Indian journal of veterinary science and animal husbandry - Volume 3,
Year: 1933
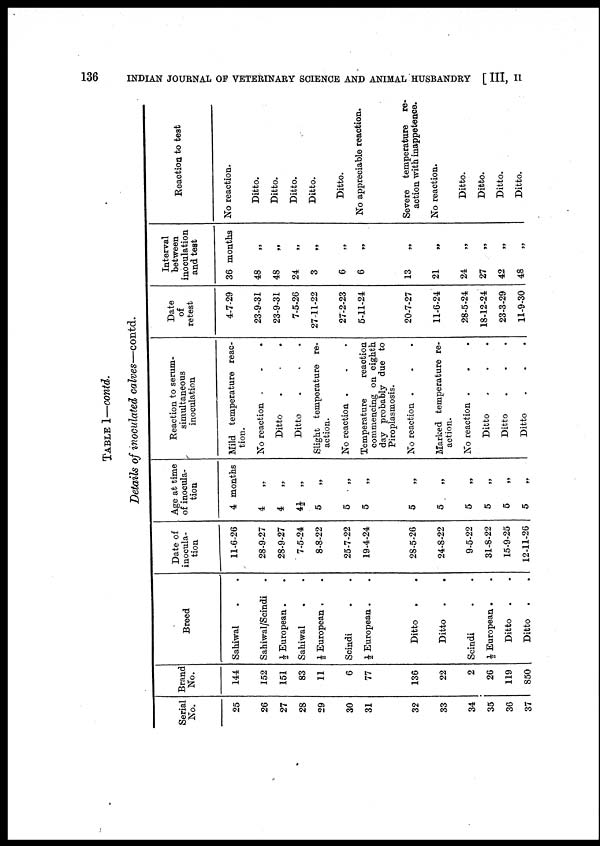
136
INDIAN JOURNAL OF VETERINARY SCIENCE AND ANIMAL HUSBANDRY [ III, II
TABLE I—contd.
Details of inoculated calves—contd.
Serial
No.
25
26
27
28
29
30
31
32
33
34
35
36
37
Brand
No.
144
152
151
83
11
6
77
136
22
2
26
119
850
Breed
Sahiwal . .
Sahiwal/Scindi .
½ European . .
Sahiwal . .
½ European . .
Scindi . .
½ European . .
Ditto
.
.
Ditto
. .
Scindi . .
½ European . .
Ditto
. .
Ditto .
.
Date of
inocula-
tion
11-6-26
28-9-27
28-9-27
7-5-24
8-8-22
25-7-22
19-4-24
28-5-26
24-8-22
9-5-22
31-8-22
15-9-25
12-11-26
Age at time
of inocula-
tion
4 months
4
„
4
„
4½
„
5
„
5
„
5 „
5 „
5 „
5
„
5
„
5
„
5 „
Reaction to serum-
simultaneous
inoculation
Mild temperature reac-
tion.
No reaction . . .
Ditto . . .
Ditto . . .
Slight temperature re-
action.
No reaction . . .
Temperature
reaction
commencing on eighth
day probably due to
Piroplasmosis.
No reaction . . .
Marked temperature re-
action.
No reaction . . .
Ditto . . .
Ditto . . .
Ditto . . .
Date
of
retest
4-7-29
23-9-31
23-9-31
7-5-26
27-11-22
27-2-23
5-11-24
20-7-27
11-6-24
28-5-24
18-12-24
23-3-29
11-9-30
Interval
between
inoculation
and test
36 months
48
„
48
„
24 „
3
„
6 „
6 „
13 „
21 „
24
„
27
„
42
„
48 „
Reaction to test
No reaction.
Ditto.
Ditto.
Ditto.
Ditto.
Ditto.
No appreciable reaction.
Severe temperature
re-
action with inappetence.
No reaction.
Ditto.
Ditto.
Ditto.
Ditto.